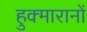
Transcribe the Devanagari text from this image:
हुक्मारानों